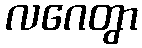
လဂေတွာ